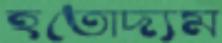
হতোদ্যম